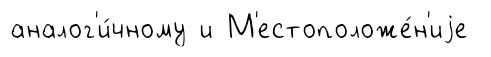
аналог'и́чному и М'естоположе́н'иjе